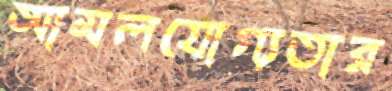
আমলযোগ্যতার